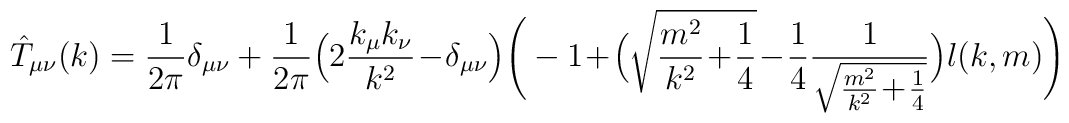
\hat{T}_{\mu \nu} (k) = \frac{1}{2\pi} \delta_{\mu \nu}+\frac{1}{2\pi}\Big( 2 \frac{k_\mu k_\nu}{k^2}\!-\!\delta_{\mu \nu} \Big)\Bigg(-1\!+\!\Big(\sqrt{\frac{m^2}{k^2}\!+\!\frac{1}{4}}\!-\!\frac{1}{4}\frac{1}{\sqrt{\frac{m^2}{k^2}\!+\!\frac{1}{4}}} \Big) l(k,m) \Bigg)